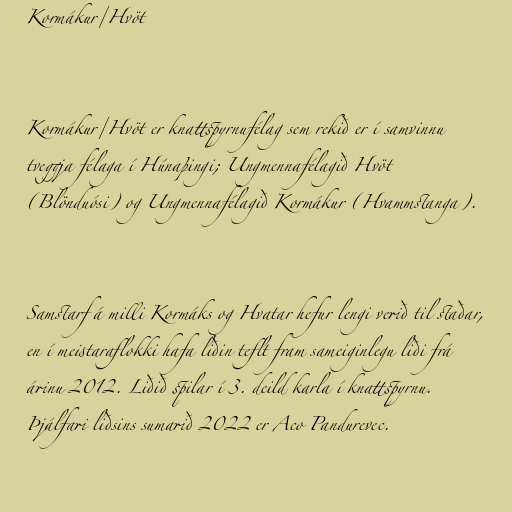
Kormákur/Hvöt

Kormákur/Hvöt er knattspyrnufélag sem rekið er í samvinnu
tveggja félaga í Húnaþingi; Ungmennafélagið Hvöt
(Blönduósi) og Ungmennafélagið Kormákur (Hvammstanga).

Samstarf á milli Kormáks og Hvatar hefur lengi verið til staðar,
en í meistaraflokki hafa liðin teflt fram sameiginlegu liði frá
árinu 2012. Liðið spilar í 3. deild karla í knattspyrnu.
Þjálfari liðsins sumarið 2022 er Aco Pandurevec.